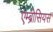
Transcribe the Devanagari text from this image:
एम्ब्रोसियस